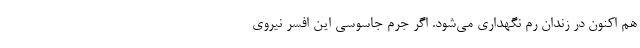
هم اکنون در زندان رم نگهداری می‌شود. اگر جرم جاسوسی این افسر نیروی